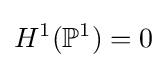
H^{1}(\mathbb {P} ^{1})=0